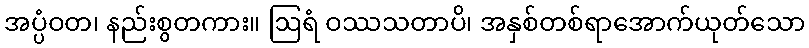
အပ္ပံဝတ၊ နည်းစွတကား။ ဩရံ ဝဿသတာပိ၊ အနှစ်တစ်ရာအောက်ယုတ်သော